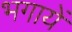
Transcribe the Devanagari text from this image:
भगायें